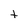
Character: t